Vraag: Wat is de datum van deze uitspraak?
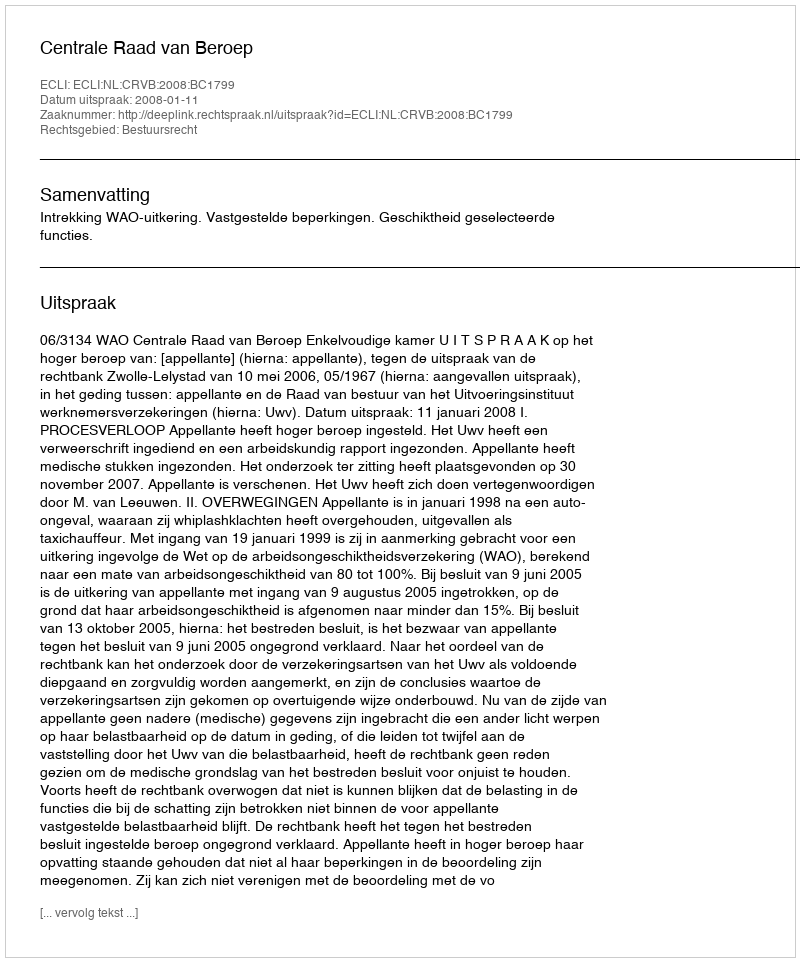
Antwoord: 2008-01-11